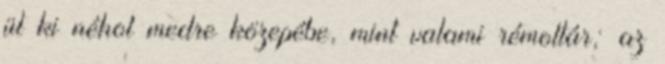
ül ki néhol medre közepébe, mint valami rémoltár; az